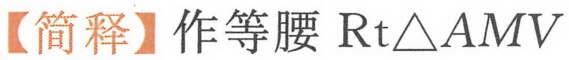
【简释】作等腰 \(\text{Rt}\triangle AMV\)